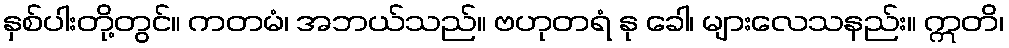
နှစ်ပါးတို့တွင်။ ကတမံ၊ အဘယ်သည်။ ဗဟုတရံ နု ခေါ၊ များလေသနည်း။ ဣတိ၊